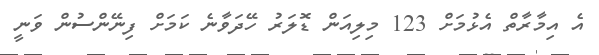
އެ އިމާރާތް އެޅުމަށް 123 މިލިއަން ޑޮލަރު ހޭދަވާނެ ކަމަށް ފިނޭންސުން ވަނީ